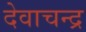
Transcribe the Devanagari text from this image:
देवाचन्द्र